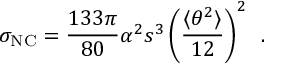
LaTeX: \sigma _ { \mathrm { N C } } = \frac { 1 3 3 \pi } { 8 0 } \alpha ^ { 2 } s ^ { 3 } \left( \frac { \langle \theta ^ { 2 } \rangle } { 1 2 } \right) ^ { 2 } \, \, \, .